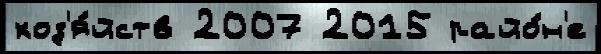
хоз'я́йств 2007 2015 райо́н'е